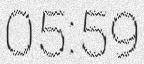
05:59